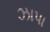
ઝાપા